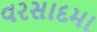
વરસાદમા